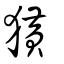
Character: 獚